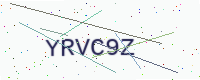
Text: YRVC9Z